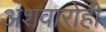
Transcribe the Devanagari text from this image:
अशवारोही